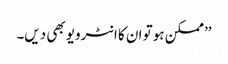
’’ممکن ہو تو ان کا انٹرویو بھی دیں۔